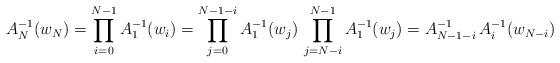
LaTeX: \begin{align*} A_N^{-1}(w_N) = \prod_{i=0}^{N-1} A_1^{-1}(w_i) = \prod_{j=0}^{N-1-i} A_1^{-1}(w_j) \, \prod_{j=N-i}^{N-1} A_1^{-1}(w_j) = A_{N-1-i}^{-1} \, A^{-1}_i(w_{N-i})\end{align*}